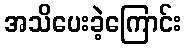
အသိပေးခဲ့ကြောင်း